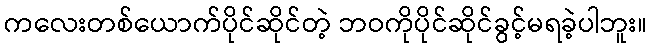
ကလေးတစ်ယောက်ပိုင်ဆိုင်တဲ့ ဘဝကိုပိုင်ဆိုင်ခွင့်မရခဲ့ပါဘူး။